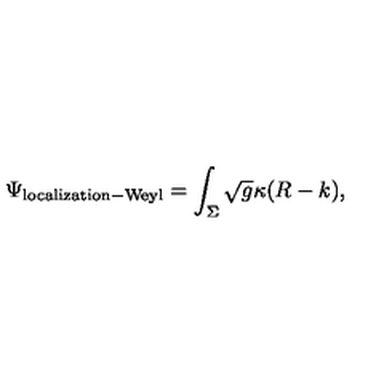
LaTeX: \Psi _ { \mathrm { l o c a l i z a t i o n - W e y l } } = \int _ { \Sigma } \sqrt { g } \kappa ( R - k ) ,